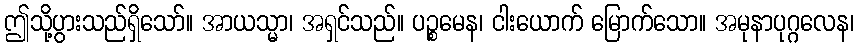
ဤသို့ပွားသည်ရှိသော်။ အာယသ္မာ၊ အရှင်သည်။ ပဉ္စမေန၊ ငါးယောက် မြောက်သော။ အမုနာပုဂ္ဂလေန၊